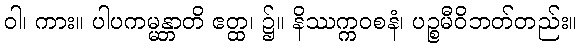
ဝါ၊ ကား။ ပါပကမ္မန္တာတိ ဧတ္ထ၊ ၌။ နိဿက္ကဝစနံ၊ ပဉ္စမီဝိဘတ်တည်း။